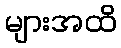
များအထိ